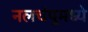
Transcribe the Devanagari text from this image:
नलचंपूमध्ये